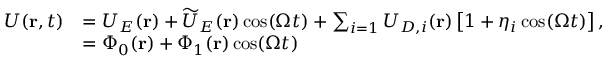
\begin{array} { r l } { U ( \mathbf { r } , t ) } & { = U _ { E } ( \mathbf { r } ) + \widetilde { U } _ { E } ( \mathbf { r } ) \cos ( \Omega t ) + \sum _ { i = 1 } U _ { D , i } ( \mathbf { r } ) \left[ 1 + \eta _ { i } \cos ( \Omega t ) \right] , } \\ & { = \Phi _ { 0 } ( \mathbf { r } ) + \Phi _ { 1 } ( \mathbf { r } ) \cos ( \Omega t ) } \end{array}